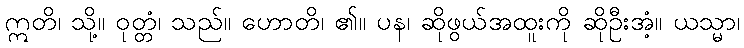
ဣတိ၊ သို့။ ဝုတ္တံ၊ သည်။ ဟောတိ၊ ၏။ ပန၊ ဆိုဖွယ်အထူးကို ဆိုဦးအံ့။ ယသ္မာ၊